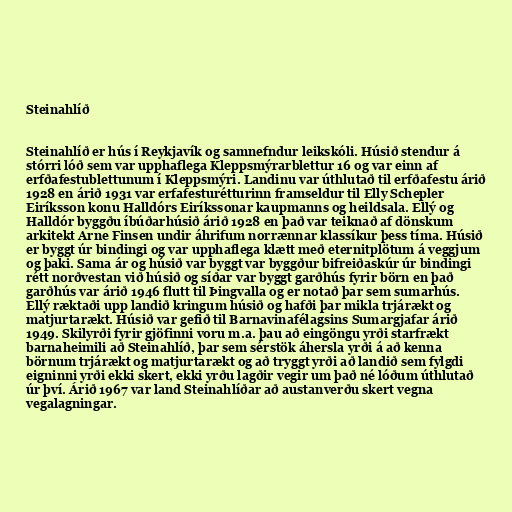
Steinahlíð

Steinahlíð er hús í Reykjavík og samnefndur leikskóli. Húsið stendur á
stórri lóð sem var upphaflega Kleppsmýrarblettur 16 og var einn af
erfðafestublettunum í Kleppsmýri. Landinu var úthlutað til erfðafestu árið
1928 en árið 1931 var erfafesturétturinn framseldur til Elly Schepler
Eiríksson konu Halldórs Eiríkssonar kaupmanns og heildsala. Ellý og
Halldór byggðu íbúðarhúsið árið 1928 en það var teiknað af dönskum
arkitekt Arne Finsen undir áhrifum norrænnar klassíkur þess tíma. Húsið
er byggt úr bindingi og var upphaflega klætt með eternitplötum á veggjum
og þaki. Sama ár og húsið var byggt var byggður bifreiðaskúr úr bindingi
rétt norðvestan við húsið og síðar var byggt garðhús fyrir börn en það
garðhús var árið 1946 flutt til Þingvalla og er notað þar sem sumarhús.
Ellý ræktaði upp landið kringum húsið og hafði þar mikla trjárækt og
matjurtarækt. Húsið var gefið til Barnavinafélagsins Sumargjafar árið
1949. Skilyrði fyrir gjöfinni voru m.a. þau að eingöngu yrði starfrækt
barnaheimili að Steinahlíð, þar sem sérstök áhersla yrði á að kenna
börnum trjárækt og matjurtarækt og að tryggt yrði að landið sem fylgdi
eigninni yrði ekki skert, ekki yrðu lagðir vegir um það né lóðum úthlutað
úr því. Árið 1967 var land Steinahlíðar að austanverðu skert vegna
vegalagningar.